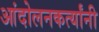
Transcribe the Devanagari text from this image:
आंदोलनकर्त्यांनी